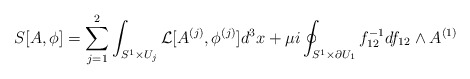
\begin{align*}S[A,\phi]=\sum_{j=1}^{2} \int_{S^{1}\times U_{j}} {\cal L}[A^{(j)}, \phi^{(j)}] d^{3}x+\mu i\oint_{S^{1}\times \partial U_{1}}f_{12}^{-1}df_{12}\wedge A^{(1)}\end{align*}